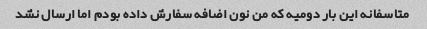
متاسفانه این بار دومیه که من نون اضافه سفارش داده بودم اما ارسال نشد